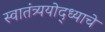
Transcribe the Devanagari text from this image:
स्वातंत्र्ययोद्‌ध्याचे